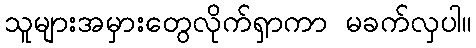
သူများအမှားတွေလိုက်ရှာကာ မခက်လှပါ။